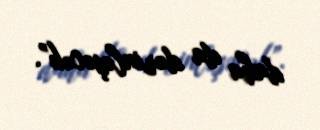
daha da dərinləşəcək”.